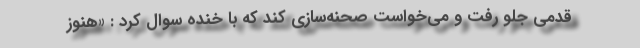
قدمی جلو رفت و می‌خواست صحنه‌سازی کند که با خنده سوال کرد : «هنوز